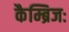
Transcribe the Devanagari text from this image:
कैम्ब्रिजः